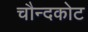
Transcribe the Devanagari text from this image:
चौन्दकोट